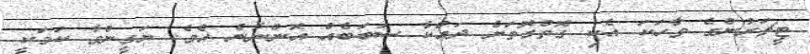
ޓީޗަރުންގެ ވާހަކަ އެކި ގޮތްގޮތަށް ދައްކާ ސަބަބެއް އޮންނާނެ އެވެ. ޔަގީންވާ ކަމަކީ